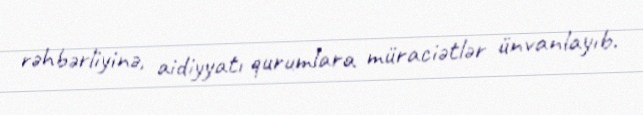
rəhbərliyinə, aidiyyatı qurumlara müraciətlər ünvanlayıb.